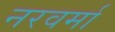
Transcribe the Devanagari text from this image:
नरवर्मा